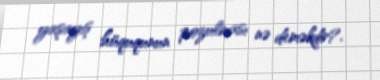
yaşayış hüququnun pozulması nə deməkdir?.